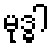
မုဒ္ဓါ